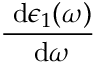
\frac { \ \mathrm { d } \epsilon _ { 1 } ( \omega ) } { \ \mathrm { d } \omega }